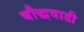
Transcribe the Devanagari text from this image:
बौद्धवाडी